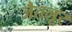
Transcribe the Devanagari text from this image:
जैतलूर